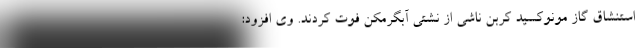
استنشاق گاز مونوکسید کربن ناشی از نشتی آبگرمکن فوت کردند. وی افزود: